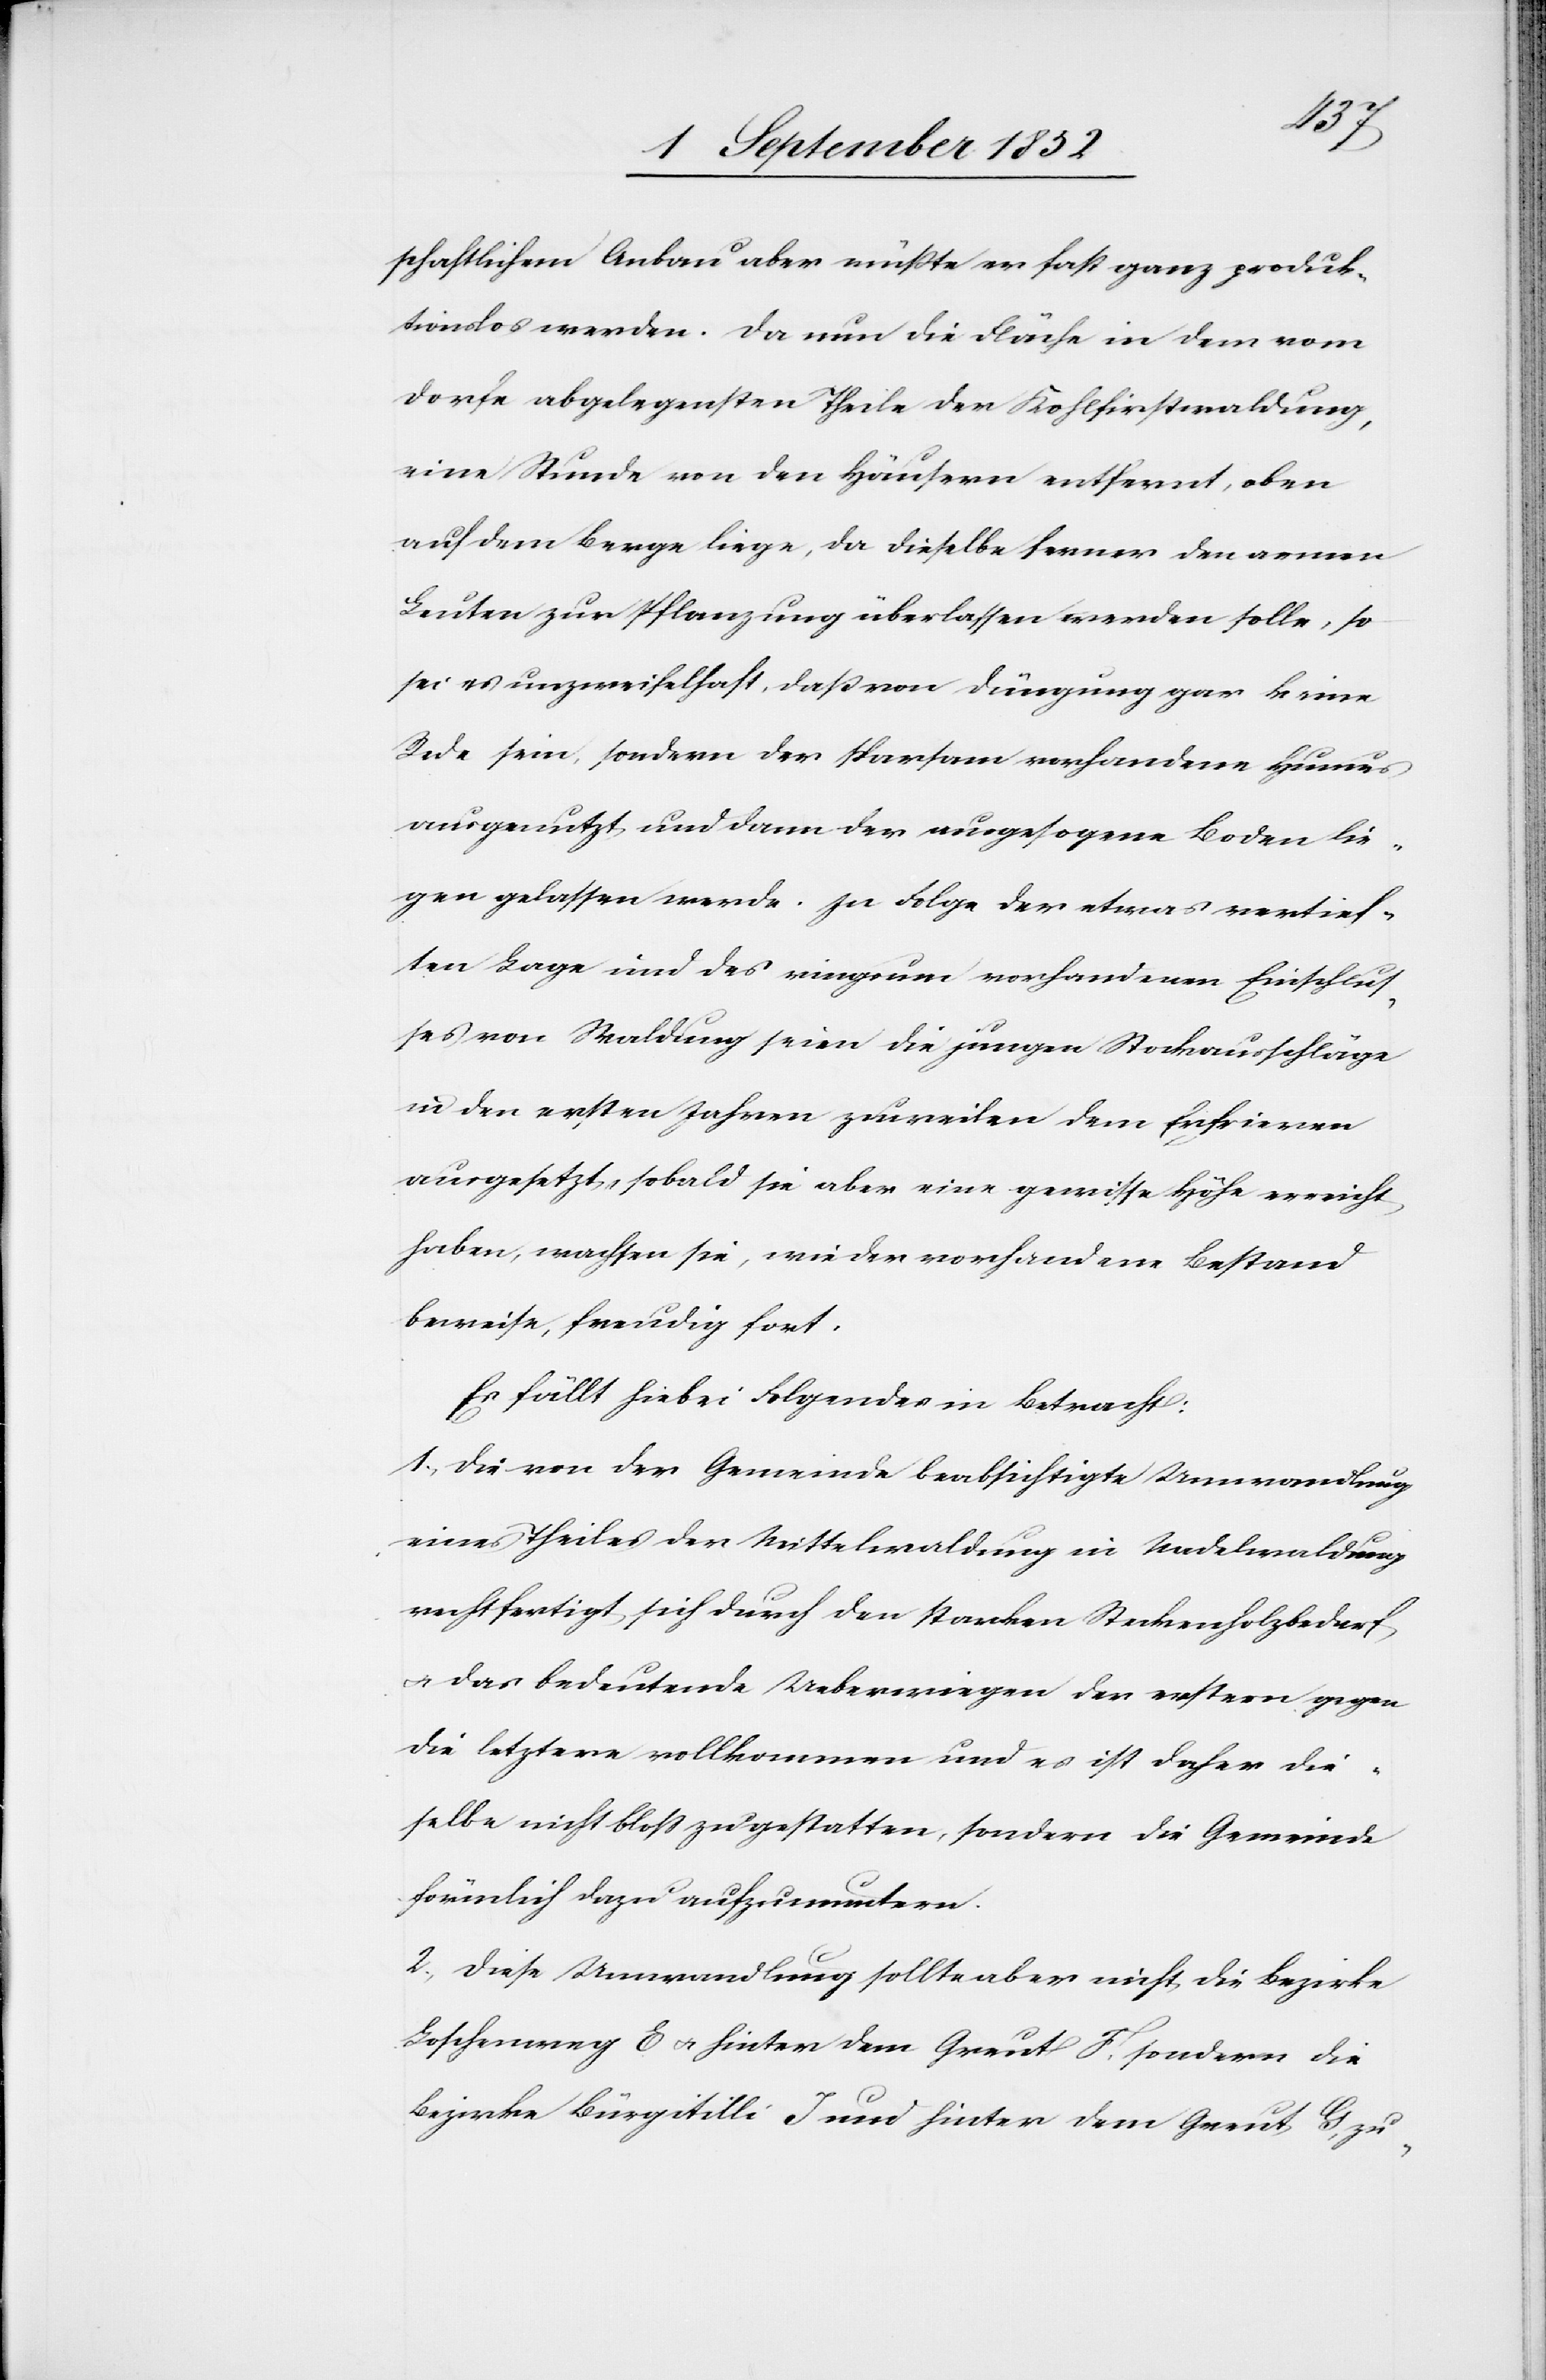
schaftlichem Anbau aber müßte er fast ganz produk¬
tionslos werden. Da nun die Fläche in dem vom
Dorfe abgelegensten Theile der Kohlfirstwaldung,
eine Stunde von den Häusern entfernt, oben
auf dem Berge liege, da dieselbe ferner den armen
Leuten zur Pflanzung überlassen werden solle, so
sei es unzweifelhaft, daß von Düngung gar keine
Rede sein, sondern der sparsam vorhandene Humus
ausgenutzt und dann der ausgesogene Boden lie¬
gen gelassen werde. In Folge der etwas vertief¬
ten Lage und des ringsum vorhandenen Einschlus¬
ses von Waldung seien die jungen Stockausschläge
in den ersten Jahren zuweilen dem Erfrieren
ausgesetzt, sobald sie aber eine gewisse Höhe erreicht
haben, wachsen sie, wie der vorhandene Bestand
beweise, freudig fort.
Es fällt hiebei Folgendes in Betracht:
1, Die von der Gemeinde beabsichtigte Umwandlung
eines Theiles der Mittelwaldung in Nadelwaldung
rechtfertigt sich durch den starken Steckenholzbedarf
& das bedeutende Ueberwiegen der erstern gegen
die letztere vollkommen und es ist daher die¬
selbe nicht bloss zu gestatten, sondern die Gemeinde
förmlich dazu aufzumuntern.
2, Diese Umwandlung sollte aber nicht die Bezirke
Loschenweg E & hinter dem Greut F, sondern die
Bezirke Bürgitilli J und hinter dem Greut G, zu-